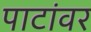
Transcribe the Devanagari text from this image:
पाटांवर